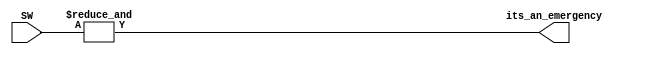
module emergency(SW, its_an_emergency);
input [9:0] SW;
output its_an_emergency;

assign its_an_emergency = &SW[9:0];

endmodule